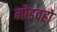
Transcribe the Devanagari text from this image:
गौडवहो